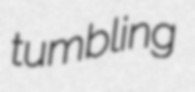
tumbling